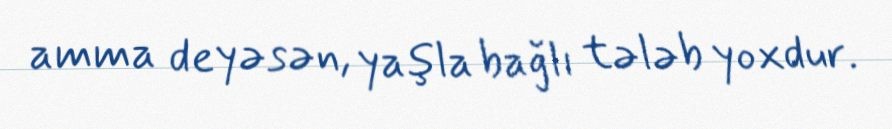
amma deyəsən, yaşla bağlı tələb yoxdur.